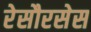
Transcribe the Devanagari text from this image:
रेसौरसेस